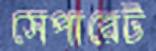
সেপারেট